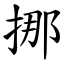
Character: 挪